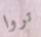
تروا